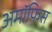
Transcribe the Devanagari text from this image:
अमॉफिस